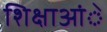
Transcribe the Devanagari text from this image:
शिक्षाआंे